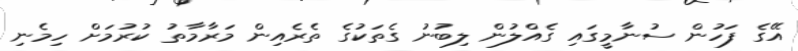
އޭގެ ފަހުން ސުނާމީގައި ގެއްލުން ލިބުނު ގެތަކުގެ ތެރެއިން މަރާމާތު ކުރުމަށް ހިމެނި